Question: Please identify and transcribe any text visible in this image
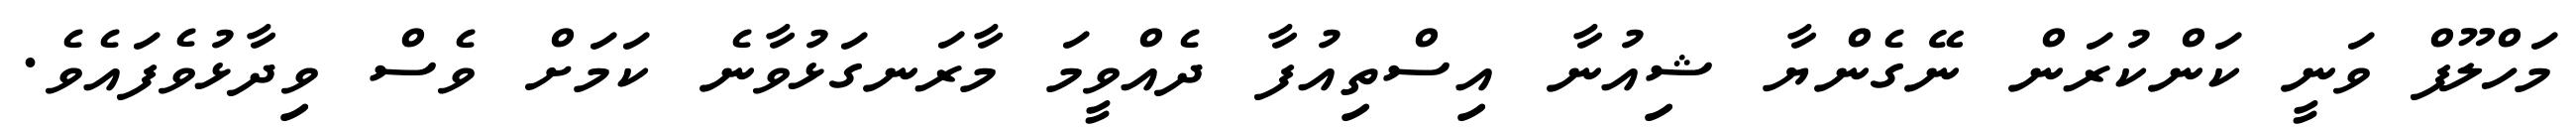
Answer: މަހްލޫފް ވަނީ ކަންކުރަން ނޭގެންޔާ ޝިއުނާ އިސްތިއުފާ ދެއްވީމަ މާރަނގަޅުވާނެ ކަމަށް ވެސް ވިދާޅުވެފައެވެ.